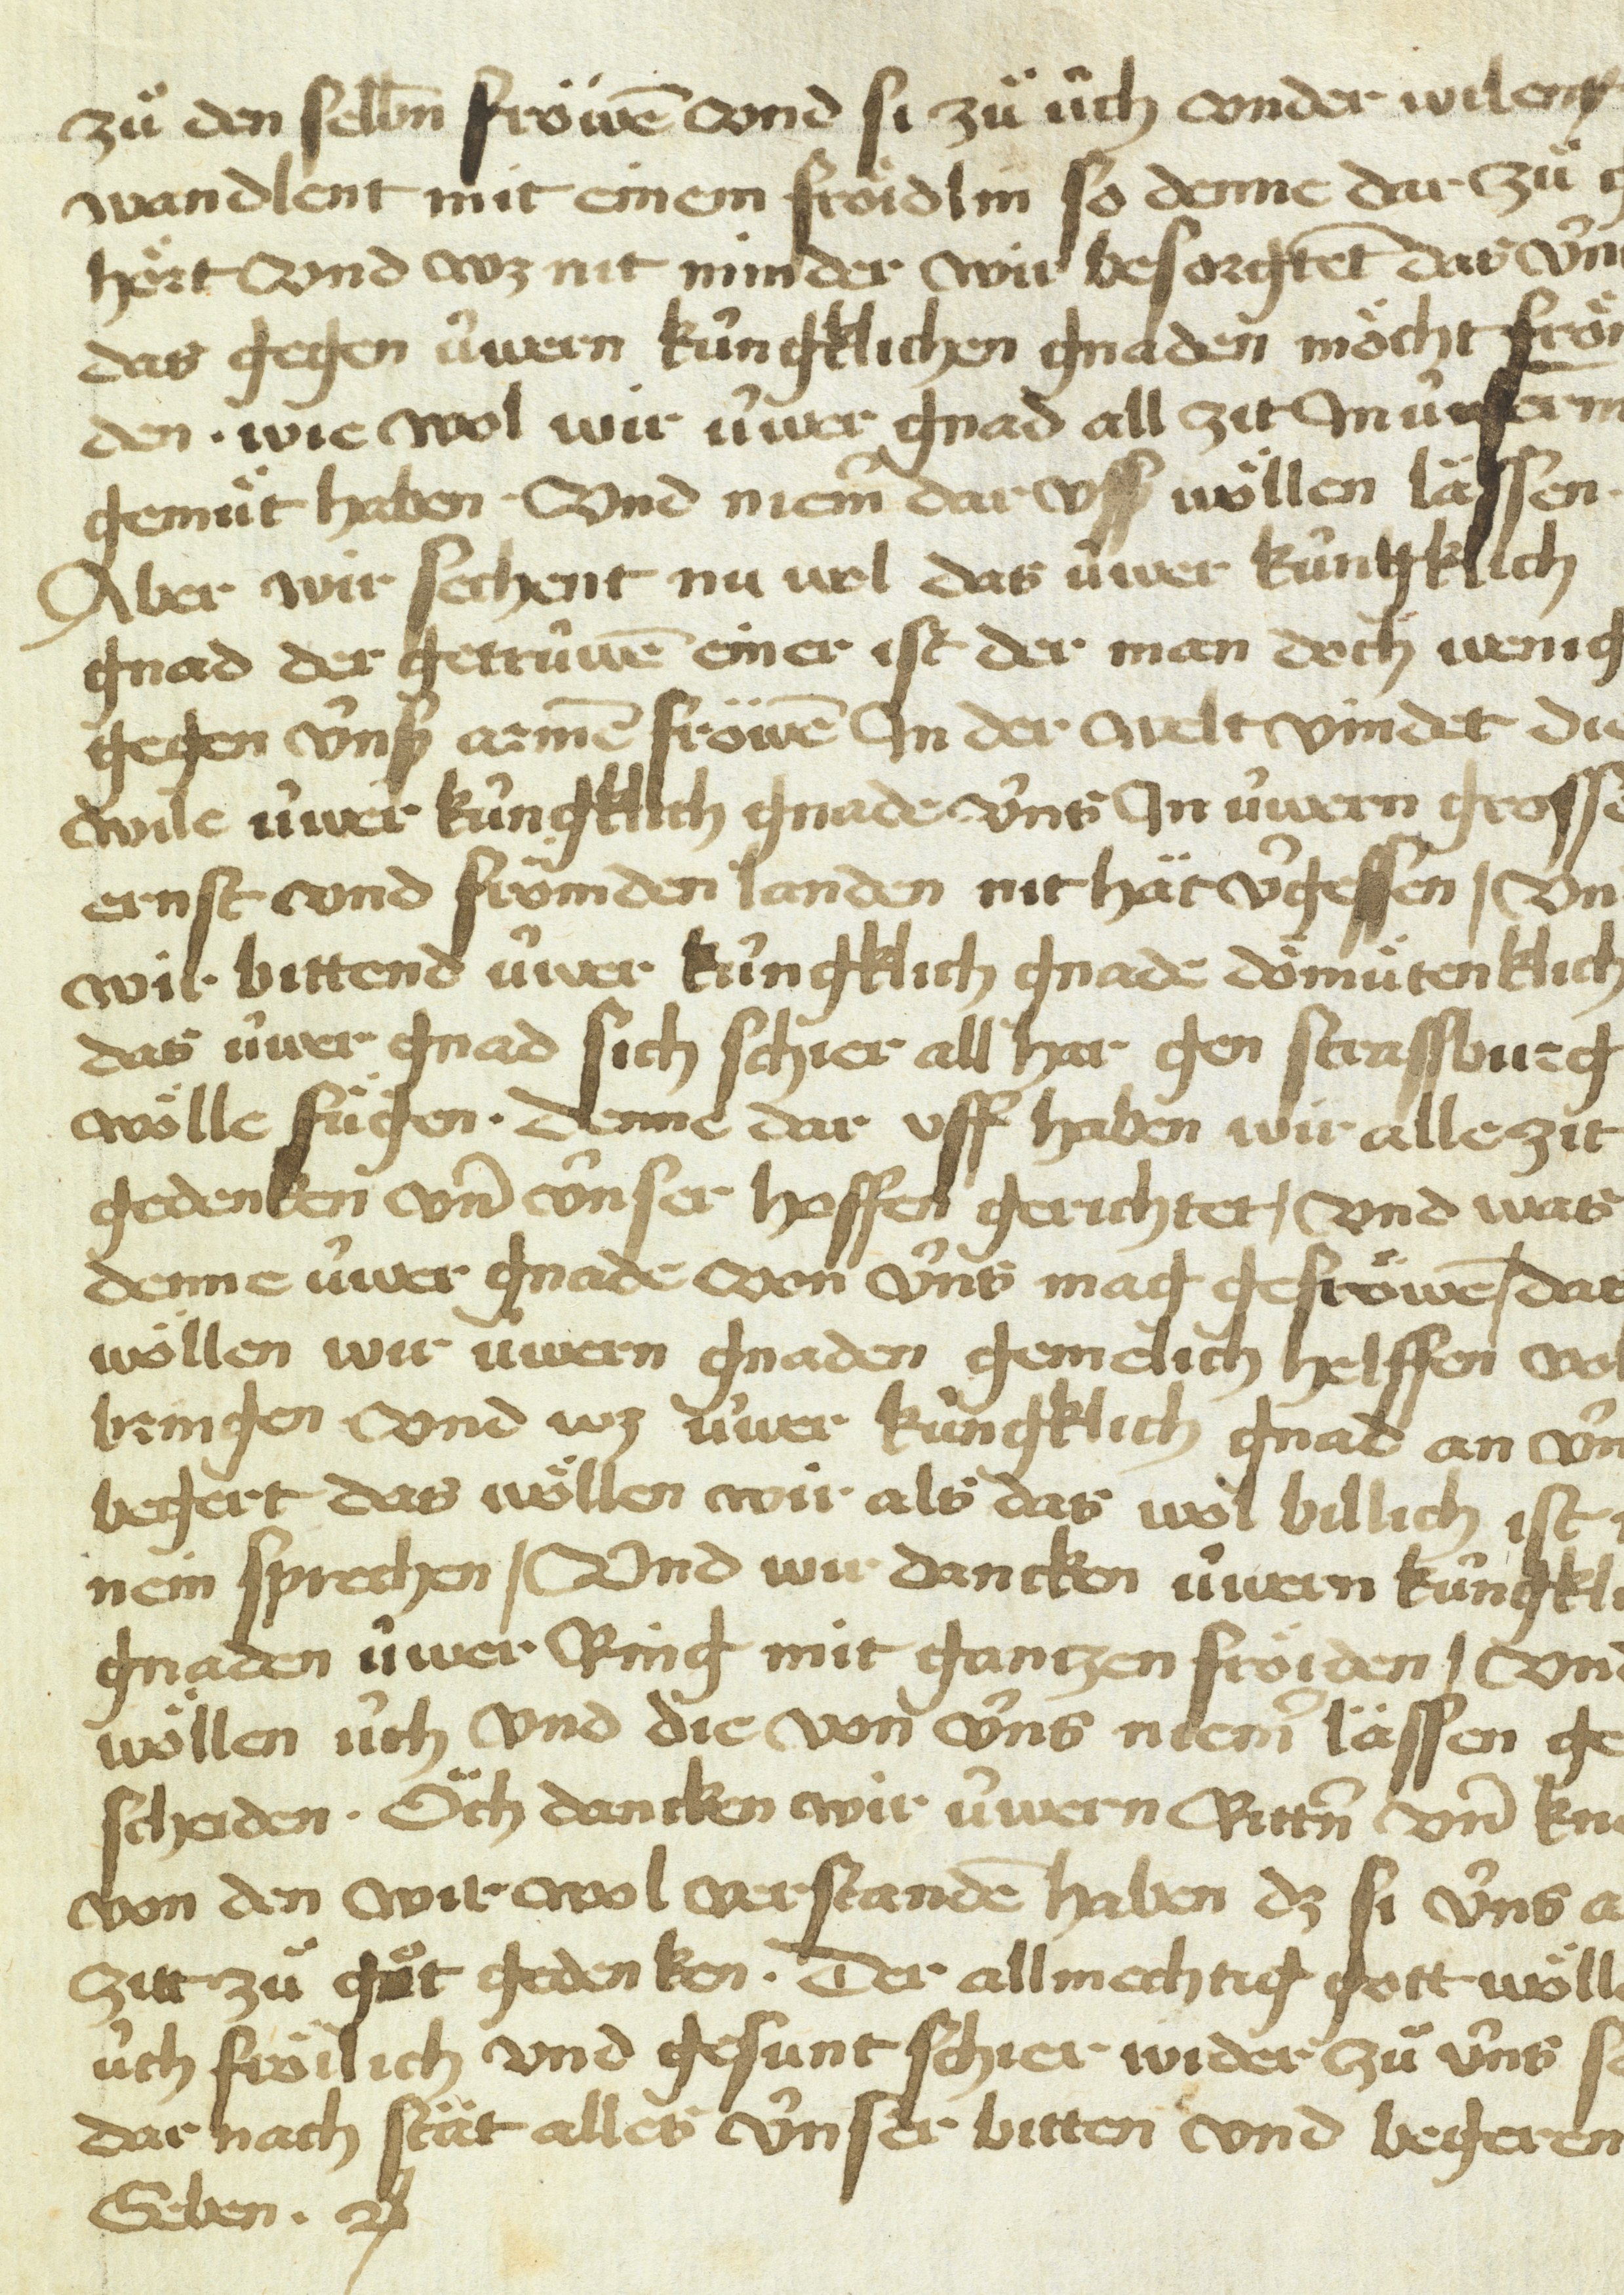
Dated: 1450–1499